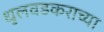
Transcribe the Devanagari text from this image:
धुलवडकराच्या